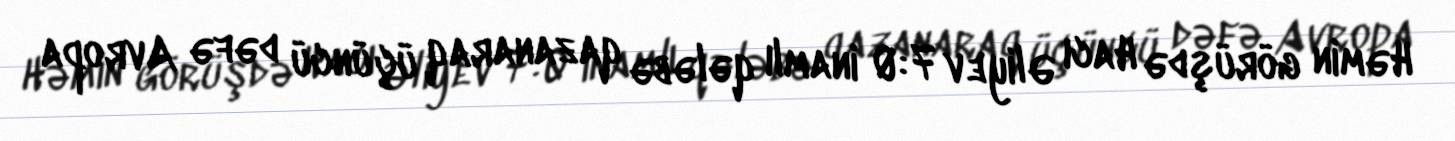
Həmin görüşdə Hacı Əliyev 7:0 inamlı qələbə qazanaraq üçüncü dəfə Avropa